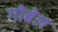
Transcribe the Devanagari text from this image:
गोबेल